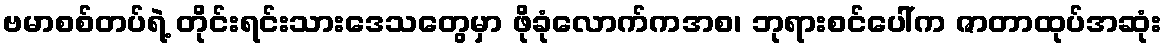
ဗမာစစ်တပ်ရဲ့ တိုင်းရင်းသားဒေသတွေမှာ ဖိုခုံလောက်ကအစ၊ ဘုရားစင်ပေါ်က ဇာတာထုပ်အဆုံး